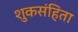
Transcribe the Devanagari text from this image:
शुकसंहिता